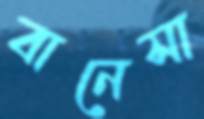
বানেসা